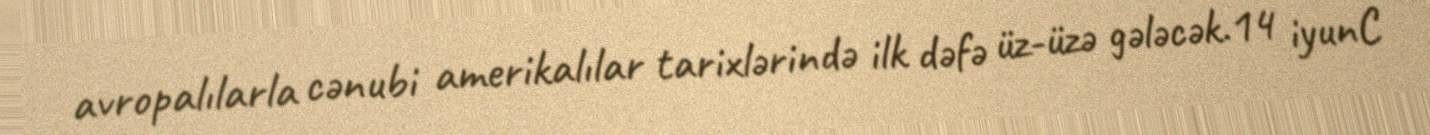
avropalılarla cənubi amerikalılar tarixlərində ilk dəfə üz-üzə gələcək.14 iyunC